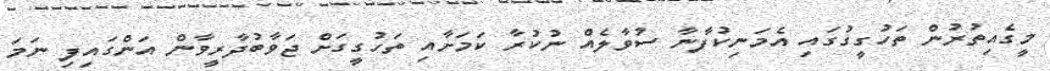
މީގެއިތުރުން ތަހުގީގުގައި އެމަނިކުފާނާ ސުވާލެއް ނުކުރާ ކަމަށާއި ތަހުގީގަށް ޖަވާބުދާރީވާން އަންގައިފި ނަމަ